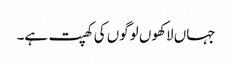
جہاں لاکھوں لوگوں کی کھپت ہے۔